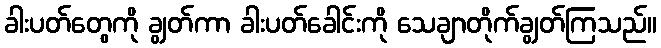
ခါးပတ်တွေကို ချွတ်ကာ ခါးပတ်ခေါင်းကို သေချာတိုက်ချွတ်ကြသည်။